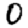
Digit: 0